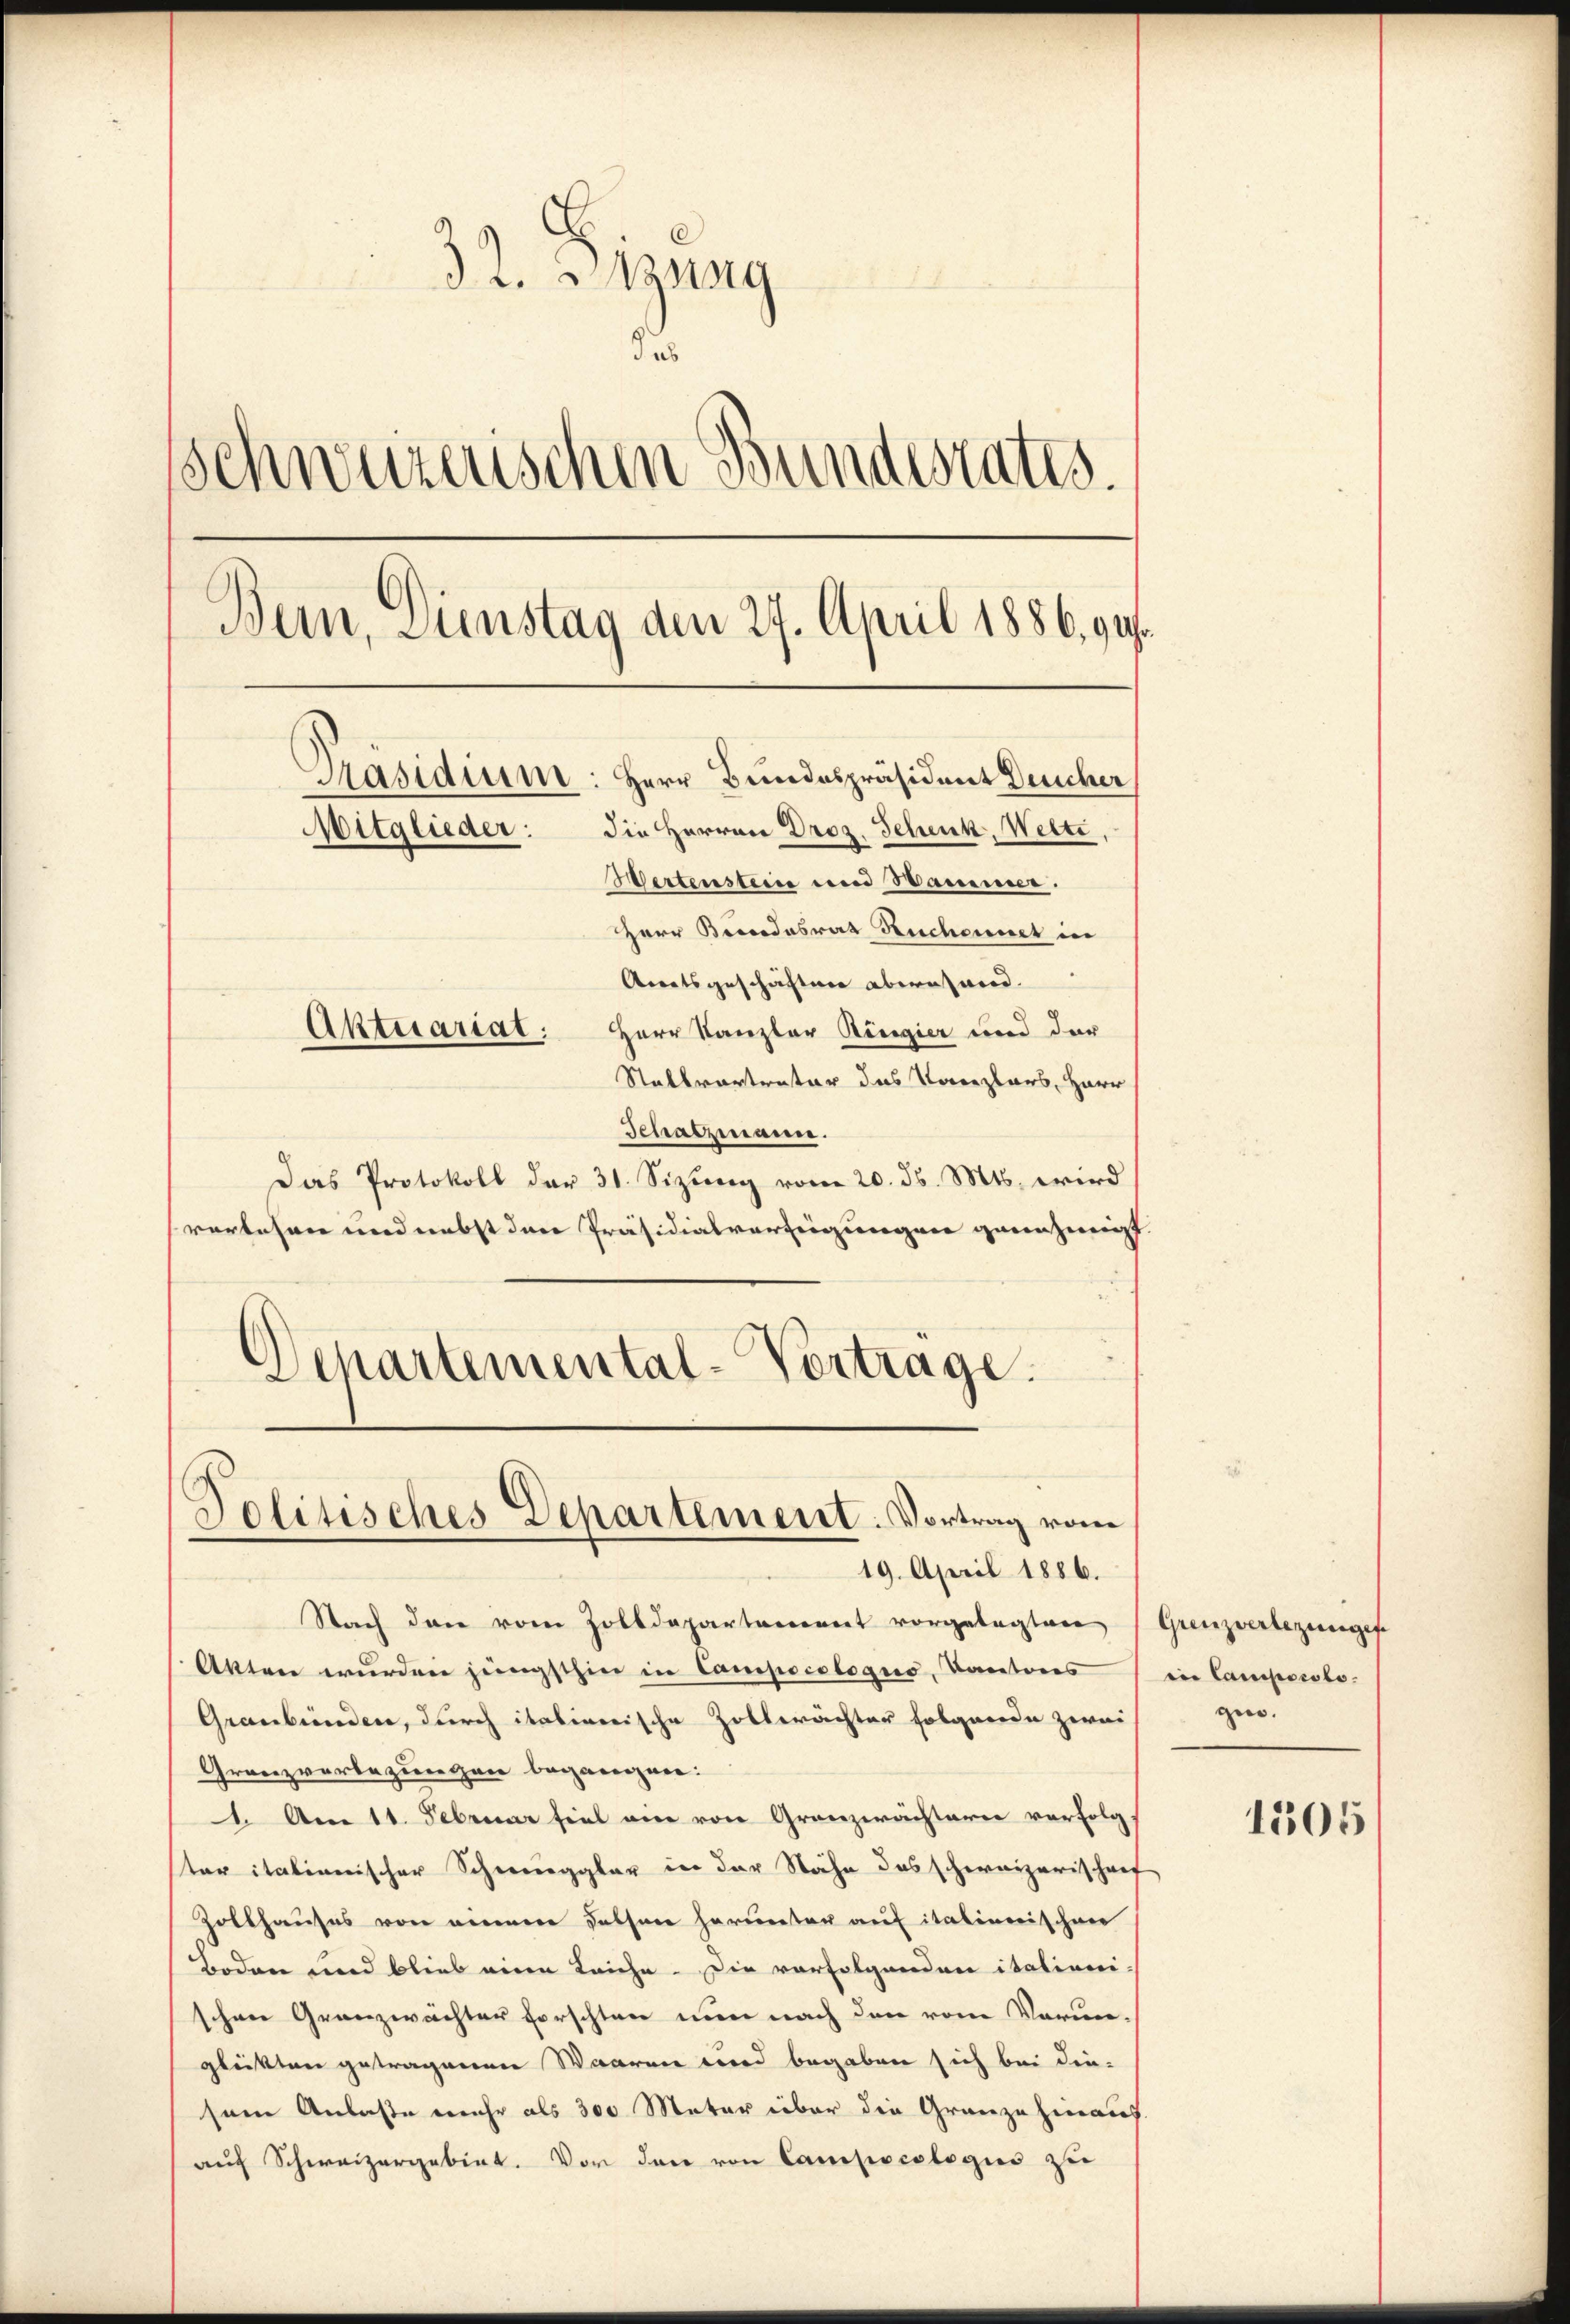
32. Sitzung
de
Schweizerischen Bundesrates.
Bern, Dienstag den 27. April 1886. 91.
Präsidium: Herr Bundespräsident Deucher
Mitglieder: die Herren Droz. Schenk, Welti
Wertenstein und Sammer.
Herr Brodesrat Ruchennet in
Arratsgeschäften abern wird.
Aktesariat: Herr Kanzler Ringier und der
Stallvertrator das Vorrzlars, Herr

Schatzmann.
Das Protokoll der 31. Sizung vom 20. d. Mts. wird
vorlesen und nebst dann Präsidialverzeigungen genehmigt
Departemental-Vortrage.

Nach den vom Zolldepartement vorgelegten (Grenzverlegungef
Akten wurden jüngsthin in Campocologuo, Kantons
Graubünden, durch italienische Zollerächter folgende zwei
Granzverbezungen begangen:
1. Am 11. Februar fiel ein von Grenzwächterei verfolg.
ter italienischer Schneeggler in der Nähe das schweizerischarf
Zollhauses von einere Felsen herunter auf italinerischen
Boden und blieb eine Leiche. Die vorfolgenden italiani
schen Granzwächter forschten nun nach den vom Vorun-
glückten getragenen Waaren wird begaben sich bei die-
sein Anlasse mehr als 300 Meter über die Gränze hinaus
auf Schweizergebiet. Vor den von Campocologus zu

Politisches Departement. Vortrag vom
19. April 1886.

in Camporolo.
gin.

1505